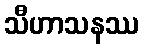
သီဟာသနဿ